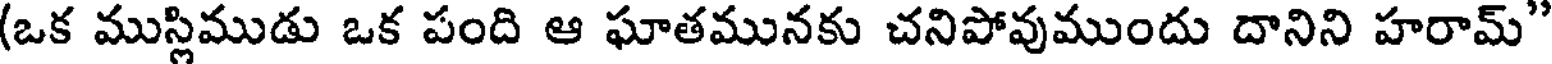
(ఒక ముస్లిముడు ఒక పంది ఆ ఘాతమునకు చనిపోవుముందు దానిని హరామ్"